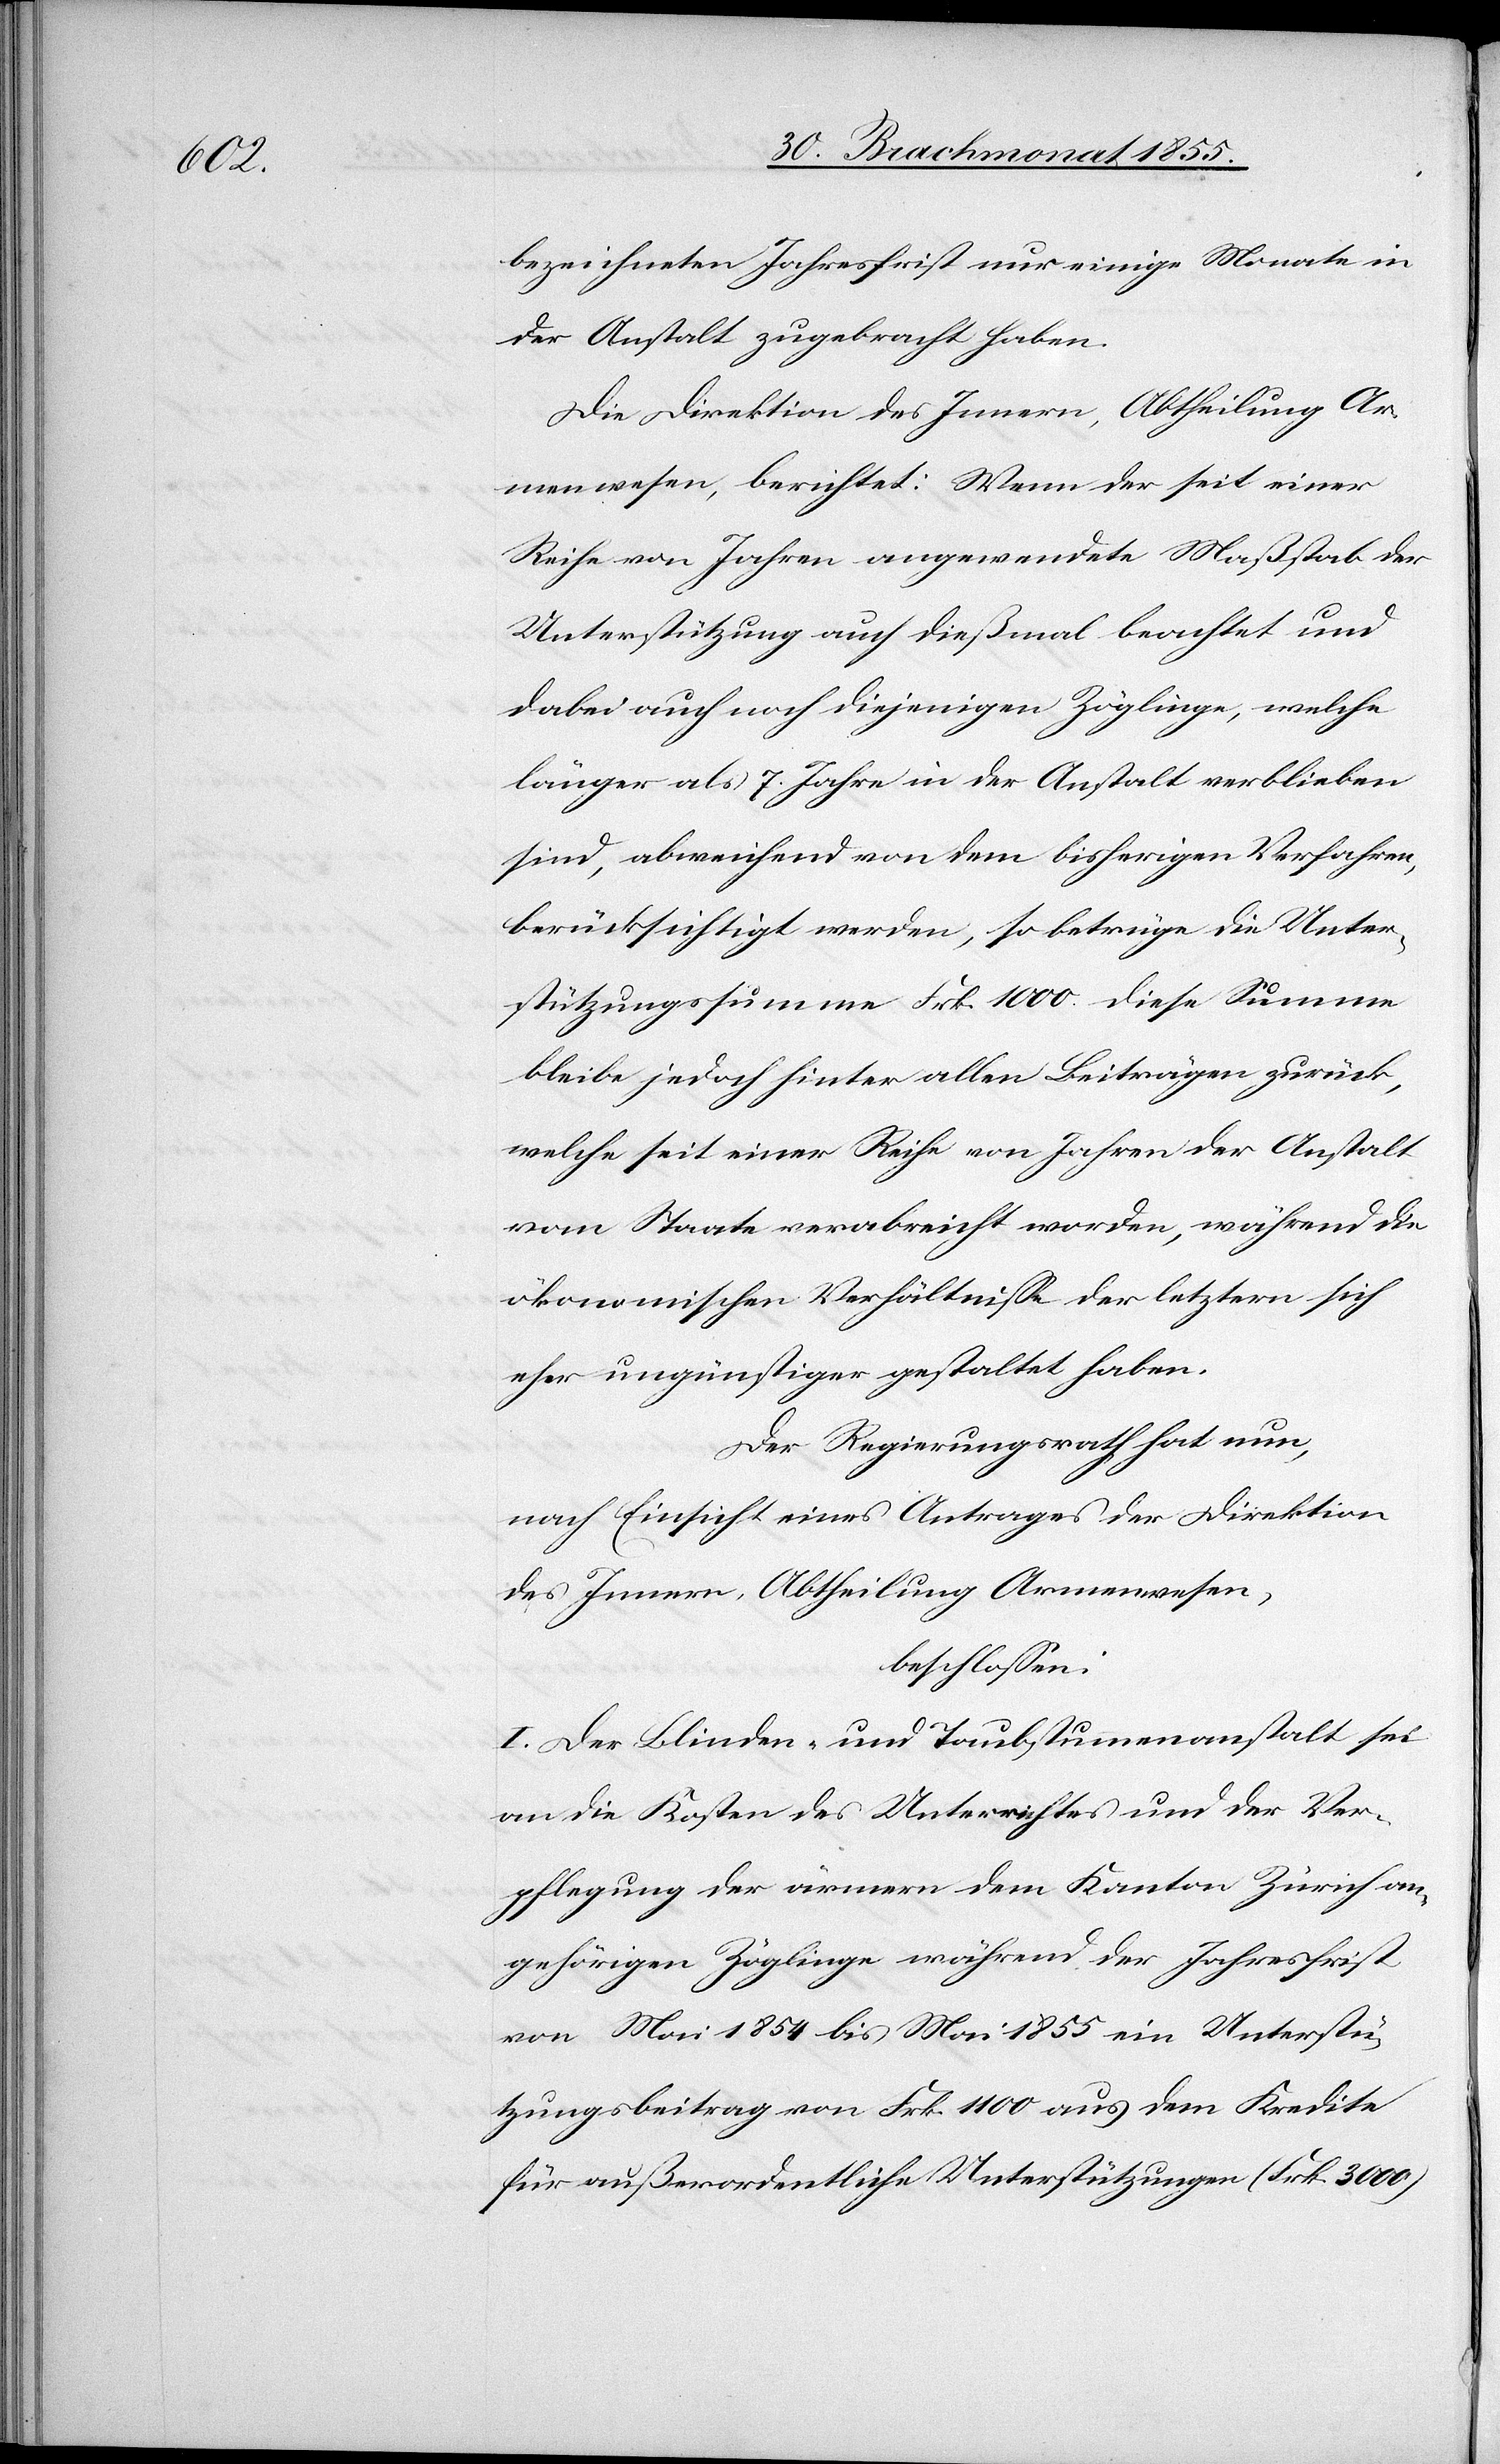
bezeichneten Jahresfrist nur einige Monate in
der Anstalt zugebracht haben.
Die Direktion des Innern, Abtheilung Ar¬
menwesen, berichtet: Wenn der seit einer
Reihe von Jahren angewendete Maßstab der
Unterstützung auch dießmal beachtet und
dabei auch noch diejenigen Zöglinge, welche
länger als 7. Jahre in der Anstalt verblieben
sind, abweichend von dem bisherigen Verfahren,
berücksichtigt werden, so betrüge die Unter¬
stützungssumme Frk. 1000. Diese Summe
bleibe jedoch hinter allen Beiträgen zurück,
welche seit einer Reihe von Jahren der Anstalt
vom Staate verabreicht worden, während die
ökonomischen Verhältnisse der letztern sich
eher ungünstiger gestaltet haben.
Der Regierungsrath hat nun,
nach Einsicht eines Antrages der Direktion
des Innern, Abtheilung Armenwesen,
beschlossen:
I. Der Blinden- und Taubstummenanstalt sei
an die Kosten des Unterrichtes und der Ver¬
pflegung der ärmern dem Kanton Zürich an¬
gehörigen Zöglinge während der Jahresfrist
von Mai 1854 bis Mai 1855 ein Unterstü¬
tzungsbeitrag von Frk. 1100 aus dem Kredite
für außerordentliche Unterstützungen (Frk. 3000)